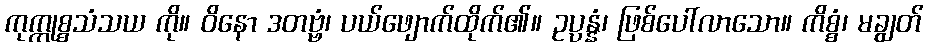
ကုက္ကုစ္စသံသယ ကို။ ဝိနော ဒတဗ္ဗံ၊ ပယ်ဖျောက်ထိုက်၏။ ဥပ္ပန္နံ၊ ဖြစ်ပေါ်လာသော။ ကိစ္စံ၊ မချွတ်